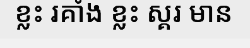
ខ្លះ រគាំង ខ្លះ ស្គរ មាន